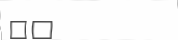
٦٥